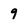
Character: 9